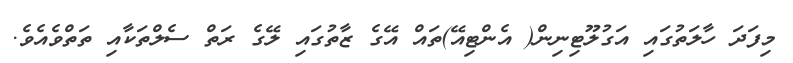
މިފަދަ ހާލަތުގައި އަގުލޫޓިނިން( އެންޓިއޭ)ތައް އޭގެ ޒާތުގައި ލޭގެ ރަތް ސެލްތަކާއި ތަތްވެއެވެ.